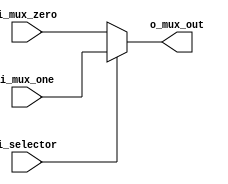
module mux #(parameter WIDTH = 8) (
	input wire  [WIDTH-1:0] i_mux_one , i_mux_zero ,
	input wire	 	 	    i_selector ,
	output reg  [WIDTH-1:0] o_mux_out 

	);

	always @(*) begin
		if(i_selector) begin
			o_mux_out = i_mux_one ;
		end
		else begin  
			o_mux_out = i_mux_zero ;
		end
	end
endmodule